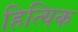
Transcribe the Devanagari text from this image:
हित्यिक